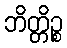
ဘိတ္တိဉ္စ